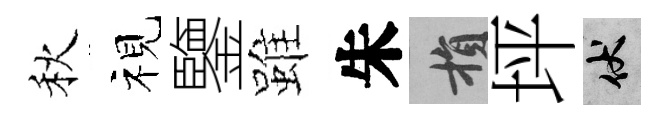
秋视鑒雖朱損坪伏